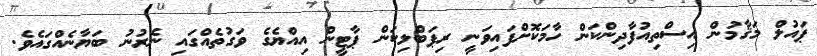
ޕައުލް މަޤާމުން އިސްތިއުފާދިންކަން ހާމަކޮށްފައިވަނީ ރިޕަބްލިކަން ޕާޓީން އިއްޔެގެ ވަގުތެއްގައި ނެރުނު ބަޔާނެއްގައެވެ.